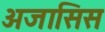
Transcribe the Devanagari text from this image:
अजासिस